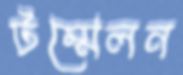
টম্মেলন